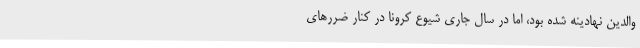
والدین نهادینه شده بود، اما در سال جاری شیوع کرونا در کنار ضررهای